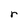
Character: r